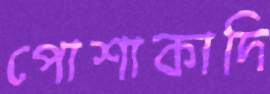
পোশাকাদি